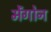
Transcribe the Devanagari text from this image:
मेंगोन